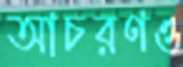
আচরণও